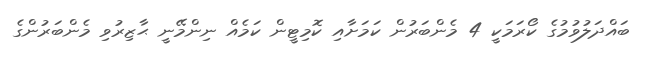
ބައްދަލުވުމުގެ ކޯރަމަކީ 4 މެންބަރުން ކަމަށާއި ކޮމިޓީން ކަމެއް ނިންމޭނީ ޙާޒިރުވި މެންބަރުންގެ